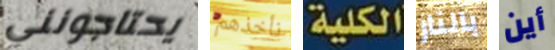
يحتاجونني نأخذهم الكلية بالنار أين